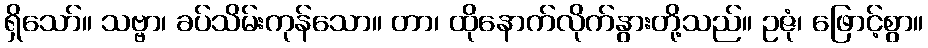
ရှိသော်။ သဗ္ဗာ၊ ခပ်သိမ်းကုန်သော။ တာ၊ ထိုနောက်လိုက်နွားတို့သည်။ ဥဇုံ၊ ဖြောင့်စွာ။